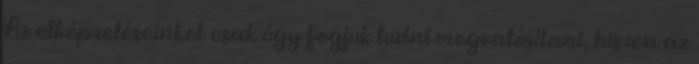
Az elképzeléseinket csak úgy fogjuk tudni megvalósítani, hiszen az